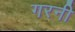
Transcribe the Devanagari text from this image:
गरनी